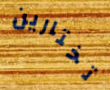
تختارين